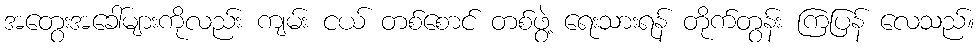
အတွေးအခေါ်များကိုလည်း ကျမ်း ငယ် တစ်စောင် တစ်ဖွဲ့ ရေးသားရန် တိုက်တွန်း ကြပြန် လေသည်။